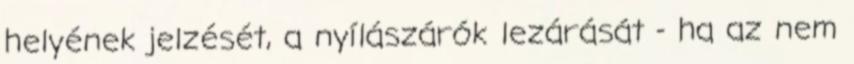
helyének jelzését, a nyílászárók lezárását - ha az nem